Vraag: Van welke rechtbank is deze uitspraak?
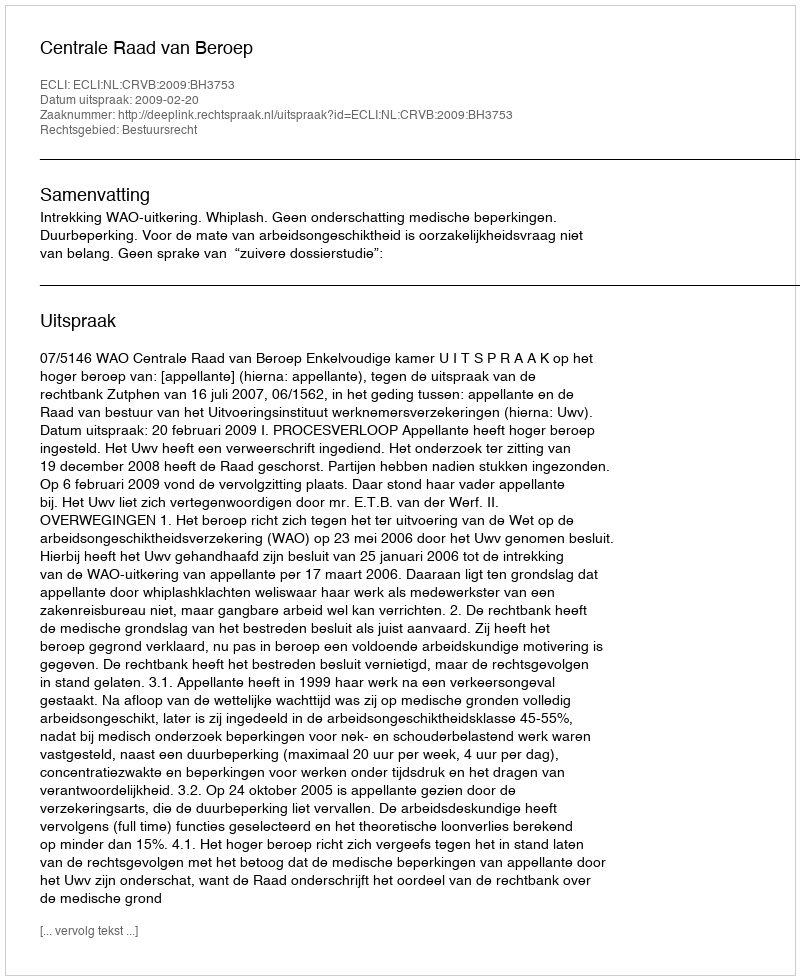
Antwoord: Centrale Raad van Beroep